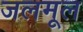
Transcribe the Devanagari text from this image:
जलमूल